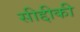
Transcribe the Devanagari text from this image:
सीद्दीकी